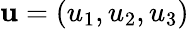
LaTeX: \mathbf{u}=(u_{1},u_{2},u_{3})